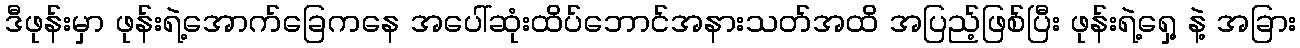
ဒီဖုန်းမှာ ဖုန်းရဲ့အောက်ခြေကနေ အပေါ်ဆုံးထိပ်ဘောင်အနားသတ်အထိ အပြည့်ဖြစ်ပြီး ဖုန်းရဲ့ရှေ့ နဲ့ အခြား